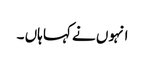
انہوں نے کہا ہاں ۔